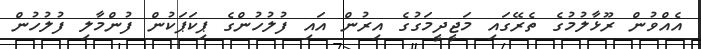
އެއްވުން ރޫޅާލުމުގެ ތެރޭގައި މަޖީދީމަގުގެ އިރުން އައި ފުލުހުންގެ ޕިކަޕަކުން ފުންމާލި ފުލުހުން